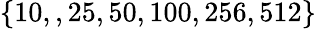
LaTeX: \{ 10,,25,50,100,256,512\}